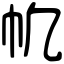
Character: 㠶